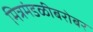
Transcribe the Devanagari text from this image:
मित्रमंडळीबरोबर